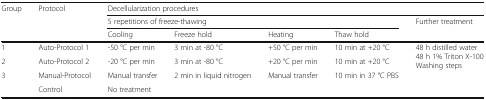
<table><thead><tr><td><b>Group</b></td><td><b>Protocol</b></td><td colspan="5"><b>Decellularization procedures</b></td></tr><tr><td></td><td></td><td colspan="4"><b>5 repetitions of freeze-thawing</b></td><td><b>Further treatment</b></td></tr><tr><td></td><td></td><td><b>Cooling</b></td><td><b>Freeze hold</b></td><td><b>Heating</b></td><td><b>Thaw hold</b></td><td></td></tr></thead><tbody><tr><td>1</td><td>Auto-Protocol 1</td><td>-50 °C per min</td><td>3 min at -80 °C</td><td>+50 °C per min</td><td>10 min at +20 °C</td><td rowspan="3">48 h distilled water48 h 1% Triton X-100Washing steps</td></tr><tr><td>2</td><td>Auto-Protocol 2</td><td>-20 °C per min</td><td>3 min at -80 °C</td><td>+20 °C per min</td><td>10 min at +20 °C</td></tr><tr><td>3</td><td>Manual-Protocol</td><td>Manual transfer</td><td>2 min in liquid nitrogen</td><td>Manual transfer</td><td>10 min in 37 °C PBS</td></tr><tr><td></td><td>Control</td><td colspan="5">No treatment</td></tr></tbody></table>